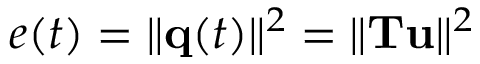
e ( t ) = \| { \bf q } ( t ) \| ^ { 2 } = \| { \bf T u } \| ^ { 2 }